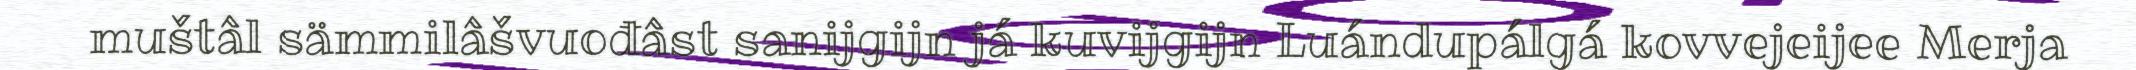
muštâl sämmilâšvuođâst sanijgijn já kuvijgijn Luándupálgá kovvejeijee Merja